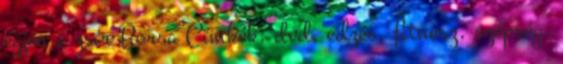
égjen a zsír Borsa Címkék: dvd, edzés, fitnesz, szépség,